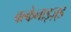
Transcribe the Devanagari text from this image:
वल्केनाइज़्ड